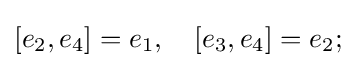
[e_{2},e_{4}]=e_{1},\quad [e_{3},e_{4}]=e_{2};